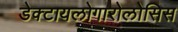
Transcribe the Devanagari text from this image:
डेक्टायलोगारोलोसिस